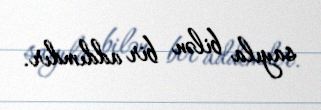
sayıla bilən bir addımdır.